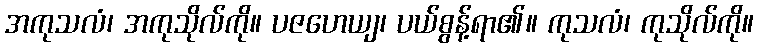
အကုသလံ၊ အကုသိုလ်ကို။ ပဇဟေယျ၊ ပယ်စွန့်ရာ၏။ ကုသလံ၊ ကုသိုလ်ကို။